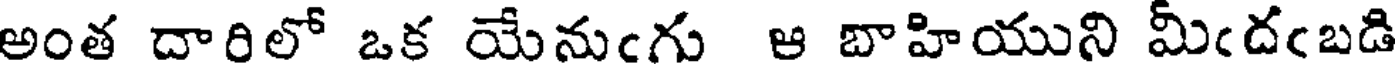
అంత దారిలో ఒక యేనుఁగు ఆ బాహియుని మీఁదఁబడి